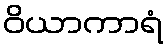
ဝိယာကာရံ